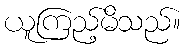
ယူကြည့်မိသည်။